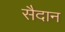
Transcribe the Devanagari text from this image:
सैदान